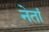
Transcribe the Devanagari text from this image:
नेतां